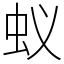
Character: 蚁